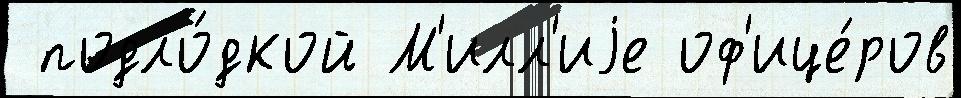
 подло́дкой М'илл'иjе оф'ице́ров